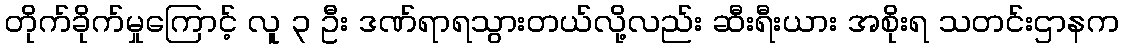
တိုက်ခိုက်မှုကြောင့် လူ ၃ ဦး ဒဏ်ရာရသွားတယ်လို့လည်း ဆီးရီးယား အစိုးရ သတင်းဌာနက